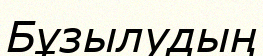
Бұзылудың